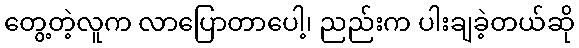
တွေ့တဲ့လူက လာပြောတာပေါ့၊ ညည်းက ပါးချခဲ့တယ်ဆို